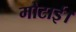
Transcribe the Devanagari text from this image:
मोटाई।